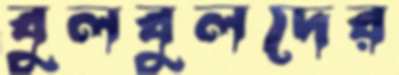
বুলবুলদের